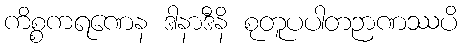
ကိစ္စကရဏေန ဒါနာဒီနိ စုတူပပါတဉာဏဿပိ